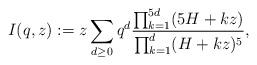
LaTeX: \begin{align*}I(q,z):=z\sum_{d\geq 0}q^d\frac{\prod_{k=1}^{5d}(5H+kz)}{\prod_{k=1}^d(H+kz)^5},\end{align*}